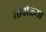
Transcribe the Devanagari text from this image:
तांबोळ्या